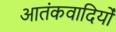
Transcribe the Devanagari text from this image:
आतंकवादियोँ